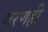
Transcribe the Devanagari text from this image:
मरणही